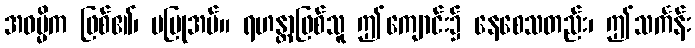
အဓမ္မိက ဖြစ်၏၊ မပြုအပ်။ ရဟန္တာဖြစ်သူ ဤကျောင်း၌ နေစေသတည်း၊ ဤသင်္ကန်း